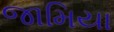
જામિયા